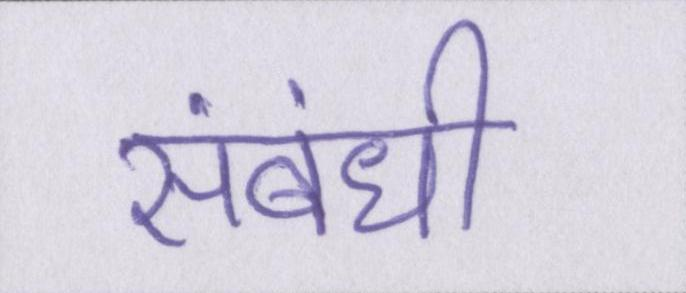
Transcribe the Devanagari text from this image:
संबंधी